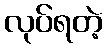
လုပ်ရတဲ့